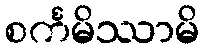
စင်္ကမိဿာမိ